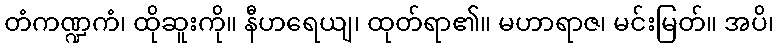
တံကဏ္ဍကံ၊ ထိုဆူးကို။ နီဟရေယျ၊ ထုတ်ရာ၏။ မဟာရာဇ၊ မင်းမြတ်။ အပိ၊